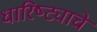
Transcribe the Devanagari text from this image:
धारिष्ट्याचे